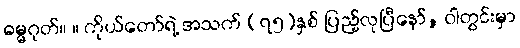
ဓမ္မဂုတ်။ ။ ကိုယ်တော်ရဲ့ အသက် (၇၅)နှစ် ပြည့်လုပြီနော်, ဝါတွင်းမှာ